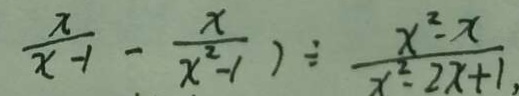
\frac { x } { x - 1 } - \frac { x } { x ^ { 2 } - 1 } ) \div \frac { x ^ { 2 } - x } { x ^ { 2 } - 2 x + 1 , }